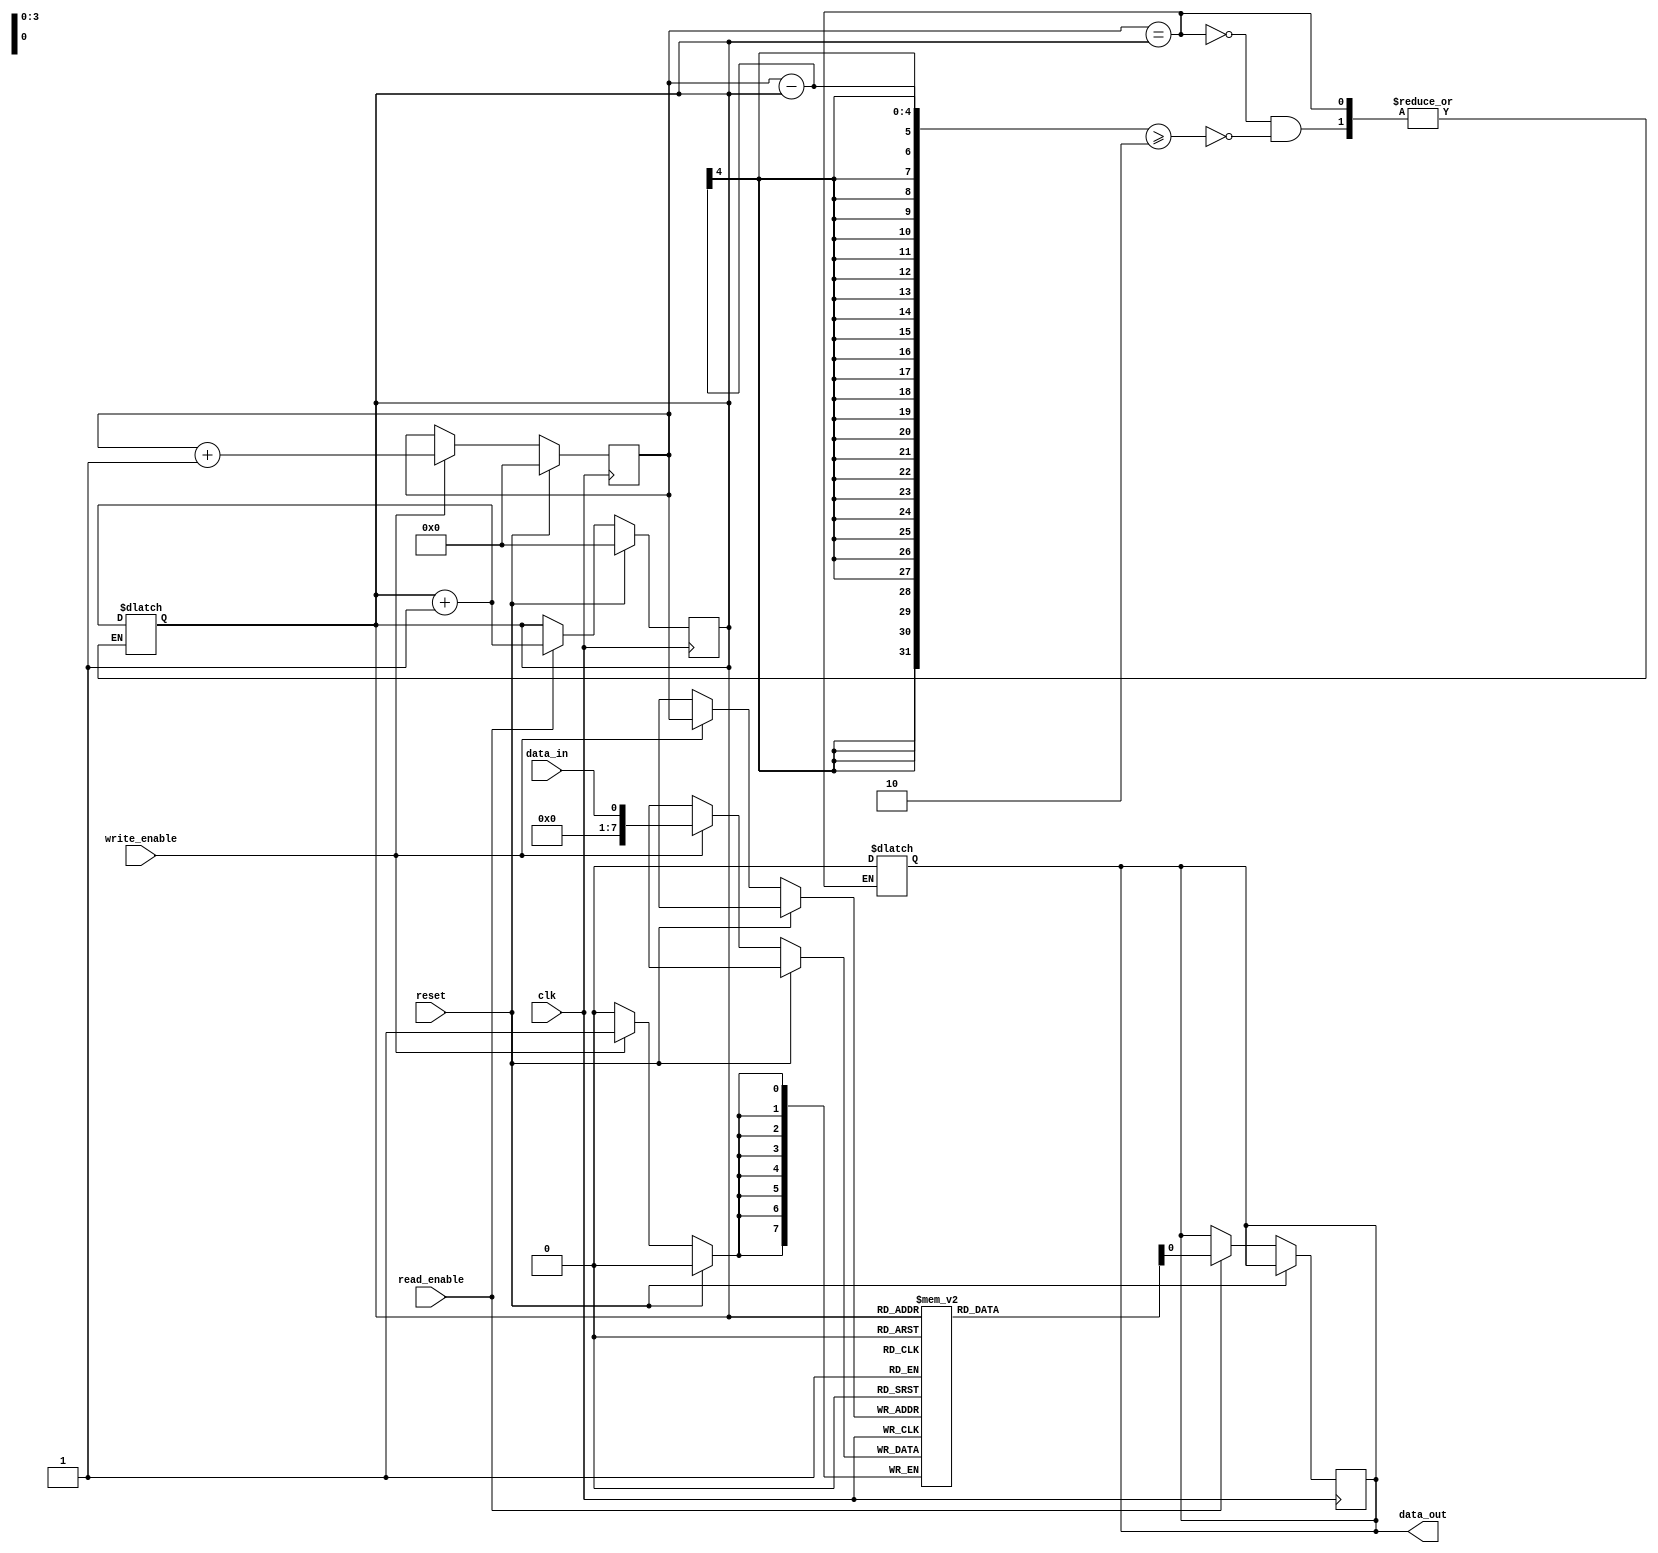
module fifo (
    input wire clk,
    input wire reset,
    input wire data_in,
    output wire data_out,
    input wire write_enable,
    input wire read_enable
);

parameter WIDTH = 8;

reg [WIDTH-1:0] fifo [0:15];
reg [3:0] write_ptr;
reg [3:0] read_ptr;

always @(posedge clk) begin
    if (reset) begin
        write_ptr <= 4'b0000;
        read_ptr <= 4'b0000;
    end else begin
        if (write_enable) begin
            fifo[write_ptr] <= data_in;
            write_ptr <= write_ptr + 1;
        end
        
        if (read_enable) begin
            data_out <= fifo[read_ptr];
            read_ptr <= read_ptr + 1;
        end
    end
end

always @* begin
    if (write_ptr == read_ptr) begin
        data_out <= 8'b00000000;
    end else if (write_ptr - read_ptr >= 2) begin
        // FIFO overflow error, correct here
        read_ptr <= read_ptr + 1;
    end
end

endmodule